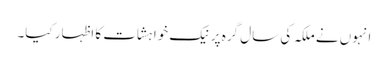
انہوں نے ملکہ کی سال گرہ پر نیک خواہشات کا اظہار کیا۔